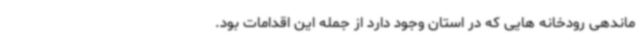
ماندهی رودخانه هایی که در استان وجود دارد از جمله این اقدامات بود.